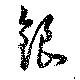
銀